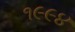
૧૯૯૪